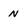
Character: n